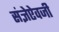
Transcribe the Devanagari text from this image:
संज्ञेऐवजी